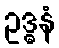
ဥဒ္ဓနံ